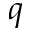
q